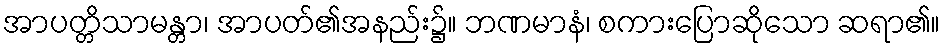
အာပတ္တိသာမန္တာ၊ အာပတ်၏အနည်း၌။ ဘဏမာနံ၊ စကားပြောဆိုသော ဆရာ၏။